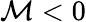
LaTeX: \mathcal{M}<0